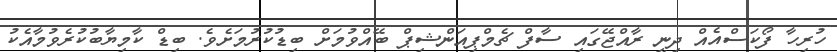
ހުރިހާ ފޯކަސްއެއް ދިނީ ރާއްޖޭގައި ސާފް ޗެމްޕިއަންޝިޕް ބޭއްވުމަށް ބިޑުކުރުމަށެވެ. ބިޑް ކާމިޔާބުކުރެވުމާއެކު